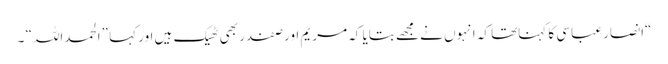
“انصار عباسی کا کہناتھا کہ انہوں نے مجھے بتایا کہ مریم اور صفدر بھی ٹھیک ہیں اور کہا ”الحمداللہ“ ۔